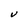
Character: V